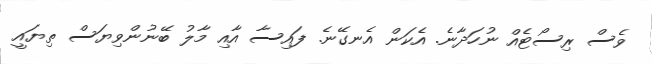
ވެސް ރިސޯޓެއް ނުހަދާނެ. އެކަން އެނގޭނެ. ފައިސާ އާއި މާލު ބޭނުންވިޔަސް ތިޔައީ